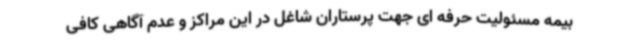
بیمه مسئولیت حرفه ای جهت پرستاران شاغل در این مراکز و عدم آگاهی کافی